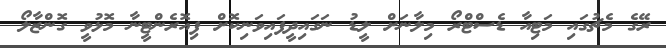
ރޭގެ މެޗުގައި މަޓިއާ ޑެސްޓްރޯ މިލާނަށް ލީޑު ނަގައިދީފައިވަނިކޮށް ފިއޮރެންޓީނާ މޮޅުވީ ގޮންޒާލޯ